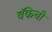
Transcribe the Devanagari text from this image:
बॅकेची